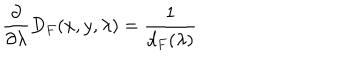
\frac { \partial } { \partial \lambda } D _ { F } ( x , y , \lambda ) = \frac { 1 } { d _ { F } ( \lambda ) }